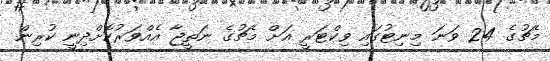
މެޗުގެ 24 ވަނަ މިނިޓުގައި ވިކްޓަރީ އަށް މެޗުގެ ނަތީޖާ އެއްވަރުކޮށްދިނީ ކުރިން